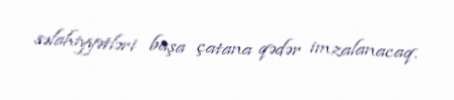
səlahiyyətləri başa çatana qədər imzalanacaq.